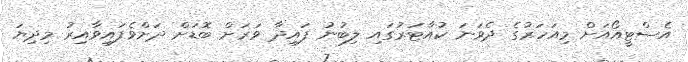
އެސްޓީއޯއަށް މިއަހަރުގެ ދެވަނަ ކުއާޓަރުގައި ލިބުނު ފައިދާ ވަރަށް ބޮޑަށް ދަށްވެފައިވާއިރު މިދިޔަ